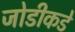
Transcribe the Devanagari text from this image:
जोडीकडे